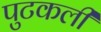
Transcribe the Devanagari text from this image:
पुटकली